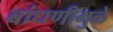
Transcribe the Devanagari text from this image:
बांधणीमुळे